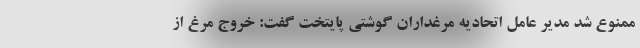
ممنوع شد مدیر عامل اتحادیه مرغداران گوشتی پایتخت گفت: خروج مرغ از